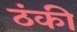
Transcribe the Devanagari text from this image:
ठंकी